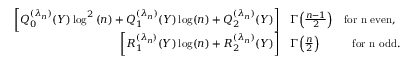
\begin{array} { r l } { \bigg [ Q _ { 0 } ^ { ( \lambda _ { n } ) } ( Y ) \log ^ { 2 } { ( n ) } + Q _ { 1 } ^ { ( \lambda _ { n } ) } ( Y ) \log ( n ) + Q _ { 2 } ^ { ( \lambda _ { n } ) } ( Y ) \bigg ] } & { \Gamma \Big ( \frac { n - 1 } { 2 } \Big ) \quad \mathrm { f o r ~ n ~ e v e n , } } \\ { \bigg [ R _ { 1 } ^ { ( \lambda _ { n } ) } ( Y ) \log ( n ) + R _ { 2 } ^ { ( \lambda _ { n } ) } ( Y ) \bigg ] } & { \Gamma \Big ( \frac { n } { 2 } \Big ) \quad \qquad \mathrm { f o r ~ n ~ o d d . } } \end{array}